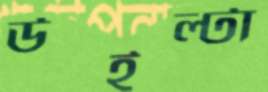
উইল্টা